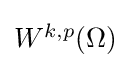
{\textstyle W^{k,p}(\Omega )}